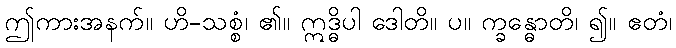
ဤကားအနက်။ ဟိ-သစ္စံ၊ ၏။ ဣဒ္ဓိပါ ဒေါတိ။ ပ။ က္ခန္ဓောတိ၊ ၍။ ဧတံ၊